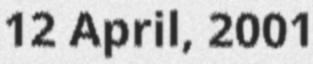
12 April, 2001